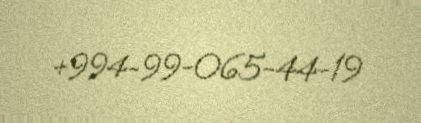
+994-99-065-44-19